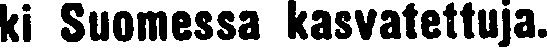
ki Suomessa kasvatettuja.